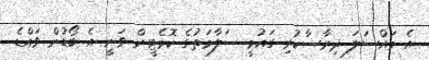
އެ މައްސަލަ ދިރާސާކުރި ގައުމީ ސަލާމަތުގެ ކޮމެޓީން ވަނީ އެ ބޯޑުން ވައްޑެ